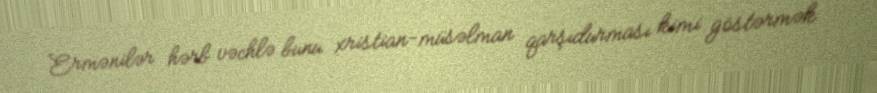
Ermənilər hərb vəchlə bunu xristian-müsəlman qarşıdurması kimi göstərmək